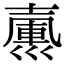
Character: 𢀃